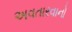
અવતારવાનો